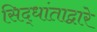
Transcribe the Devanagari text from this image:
सिद्धांताद्वारे